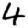
Digit: 4